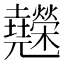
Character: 𰋇